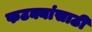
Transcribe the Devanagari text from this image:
फटक्यांसाठी